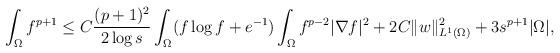
LaTeX: \begin{align*}\begin{aligned}\int_{\Omega}f^{p +1}\le C\frac{(p+1)^{2}}{2\log s}\int_{\Omega} (f\log f+e^{-1})\int_{\Omega}f^{p -2}|\nabla f|^{2}+2C\| w\|_{L^{1}(\Omega)}^{2}+3s^{p +1}|\Omega|,\end{aligned}\end{align*}